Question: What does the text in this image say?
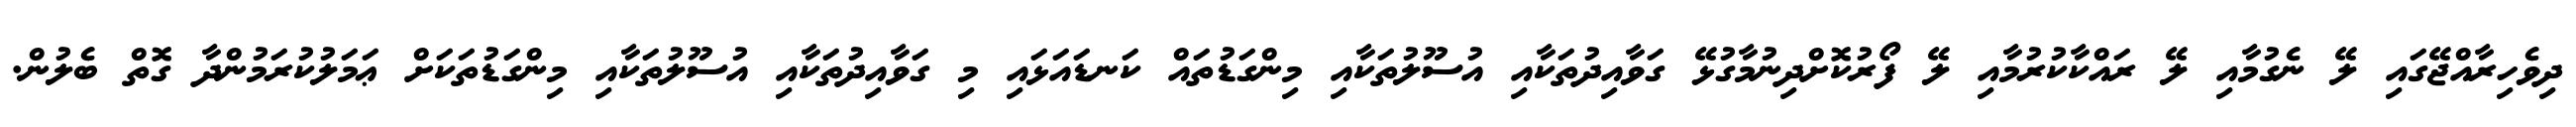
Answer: ދިވެހިރާއްޖޭގައި ލޭ ނެގުމާއި ލޭ ރައްކާކުރުމާއި ލޭ ފޯރުކޮށްދިނުމާގުޅޭ ގަވާއިދުތަކާއި އުސޫލުތަކާއި މިންގަޑުތައް ކަނޑައަޅައި މި ގަވާއިދުތަކާއި އުސޫލުތަކާއި މިންގަޑުތަކަށް ޢަމަލުކުރަމުންދާ ގޮތް ބެލުން.